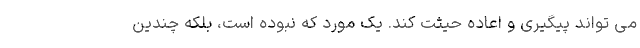
می تواند پیگیری و اعاده حیثت کند. یک مورد که نبوده است، بلکه چندین